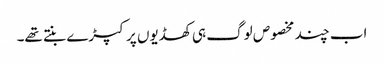
اب چند مخصوص لوگ ہی کھڈیوں پر کپڑے بنتے تھے۔